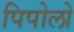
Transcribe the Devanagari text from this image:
पिपोलो